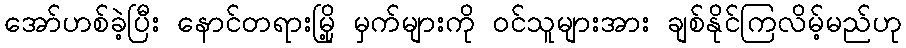
အော်ဟစ်ခဲ့ပြီး နောင်တရားမြို့ မှက်များကို ဝင်သူများအား ချစ်နိုင်ကြလိမ့်မည်ဟု